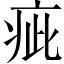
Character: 疵